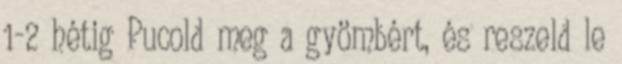
1-2 hétig Pucold meg a gyömbért, és reszeld le